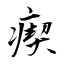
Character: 瘈